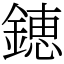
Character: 𨫍